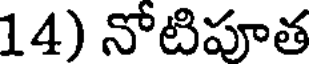
14) నోటిపూత